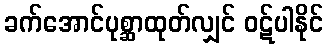
ခက်အောင်ပုစ္ဆာထုတ်လျှင် ဝဋ်ပါနိုင်